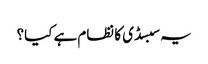
یہ سبسڈی کا نظام ہے کیا؟